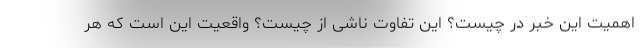
اهمیت این خبر در چیست؟ این تفاوت ناشی از چیست؟ واقعیت این است که هر